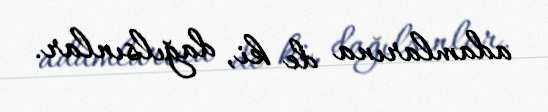
adamlarına de ki, dağılsınlar.